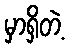
မှာရှိတဲ့